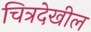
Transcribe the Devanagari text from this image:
चित्रदेखील